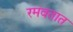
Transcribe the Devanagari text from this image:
रमवतात